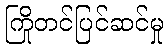
ကြိုတင်ပြင်ဆင်မှု